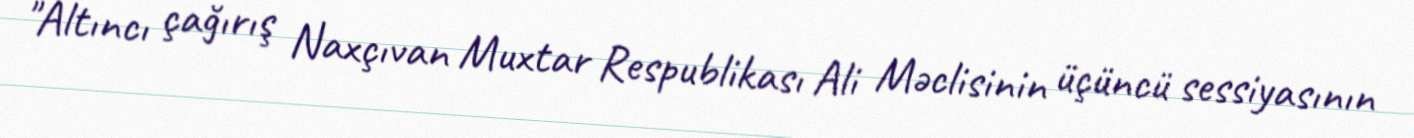
"Altıncı çağırış Naxçıvan Muxtar Respublikası Ali Məclisinin üçüncü sessiyasının